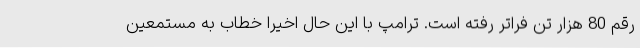
رقم 80 هزار تن فراتر رفته است. ترامپ با این حال اخیرا خطاب به مستمعین